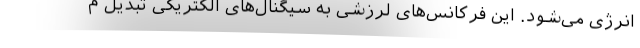
انرژی می‌شود. این فرکانس‌های لرزشی به سیگنال‌های الکتریکی تبدیل م